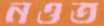
নওত